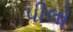
પીલો